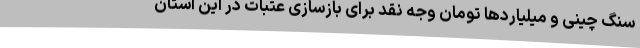
سنگ چینی و میلیاردها تومان وجه نقد برای بازسازی عتبات در این استان